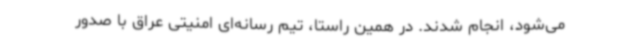
می‌شود، انجام شدند. در همین راستا، تیم رسانه‌ای امنیتی عراق با صدور